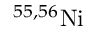
^ { 5 5 , 5 6 } \mathrm { N i }